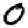
Digit: 0